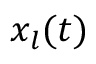
x _ { l } ( t )